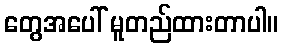
တွေအပေါ် မူတည်ထားတာပါ။